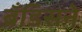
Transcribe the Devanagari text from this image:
ब्रँडिसने